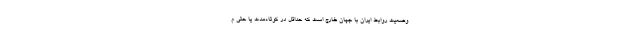
وضعیت روابط ایران با جهان خارج است که حداقل در کوتاه‌مدت یا حتی م